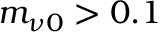
m _ { \nu 0 } > 0 . 1